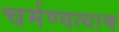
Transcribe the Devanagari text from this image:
चर्मण्वत्याश्व